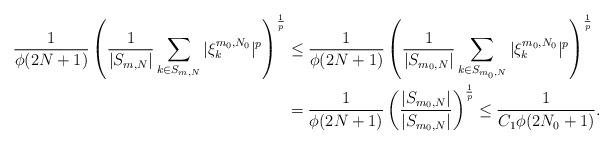
LaTeX: \begin{align*}\frac{1}{\phi(2N+1)} \left(\frac{1}{|S_{m,N}|} \sum_{k\in S_{m,N}} |\xi^{m_0,N_0}_k|^p\right)^\frac1p&\le \frac{1}{\phi(2N+1)} \left(\frac{1}{|S_{m_0,N}|} \sum_{k\in S_{m_0,N}} |\xi^{m_0,N_0}_k|^p\right)^\frac1p\\&= \frac{1}{\phi(2N+1)} \left(\frac{|S_{m_0,N}|}{|S_{m_0,N}|}\right)^\frac1p\le \frac{1}{C_1\phi(2N_0+1)}.\end{align*}